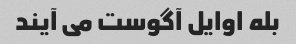
بله اوایل آگوست می آیند